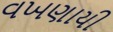
વખણાયી